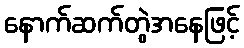
နောက်ဆက်တွဲအနေဖြင့်